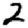
Digit: 2